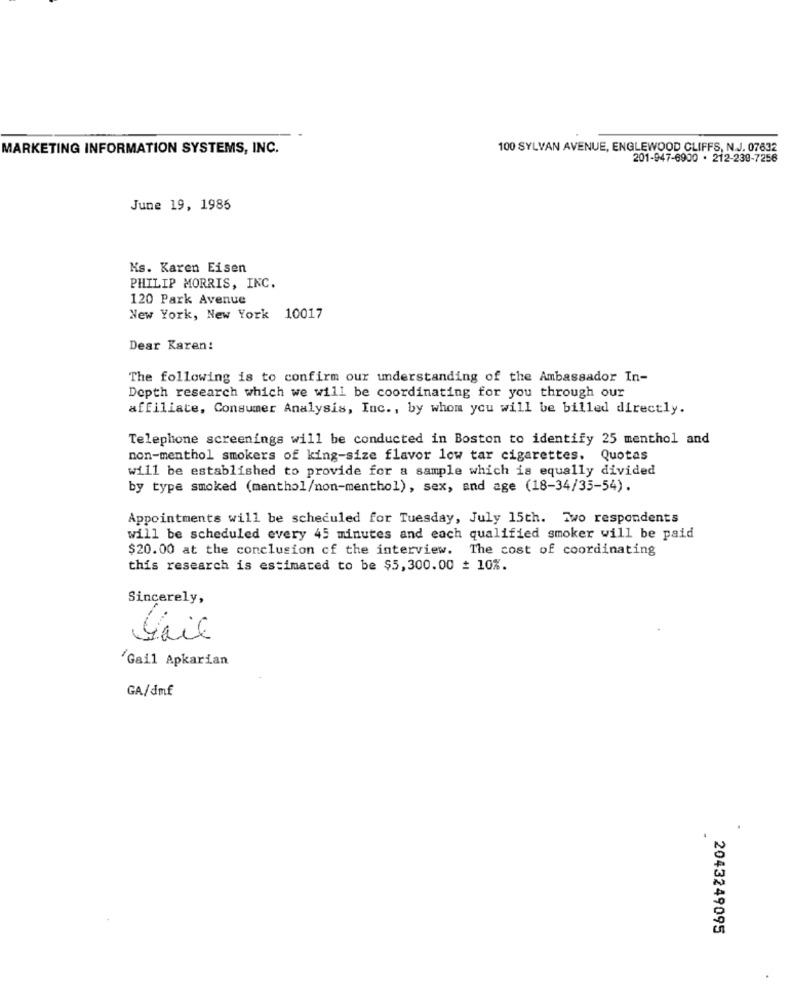
MARKETING INFORMATION SYSTEMS, INC.
100 SYLVAN AVENUE, ENGLEWOOD CLIFFS, N.J. 07632
201-947-6900 . 212-239-7256
June 19, 1985
Ms. Karen Eisen
PHILIP MORRIS, INC.
120 Park Avenue
New York, New York 10017
Dear Karen:
The following is to confirm our understanding of the Ambassador In-
Depth research which we will be coordinating for you through our
affiliate, Consumer Analysis, Inc ., by whom you will be billed directly.
Telephone screenings will be conducted in Boston to identify 25 menthol and
non-menthol smokers of king-size flavor low tar cigarettes. Quotas
will be established to provide for a sample which is equally divided
by type smoked (menthol/non-menthol), sex, and age (18-34/35-54).
Appointments will be scheduled for Tuesday, July 15ch. Two respondents
will be scheduled every 45 minutes and each qualified smoker will be paid
$20.00 at the conclusion of the interview. The cost of coordinating
this research is estimated to be $5,300.00 = 10%.
Sincerely,
Fail
'Gail Apkarian
GA/dmf
2043249095